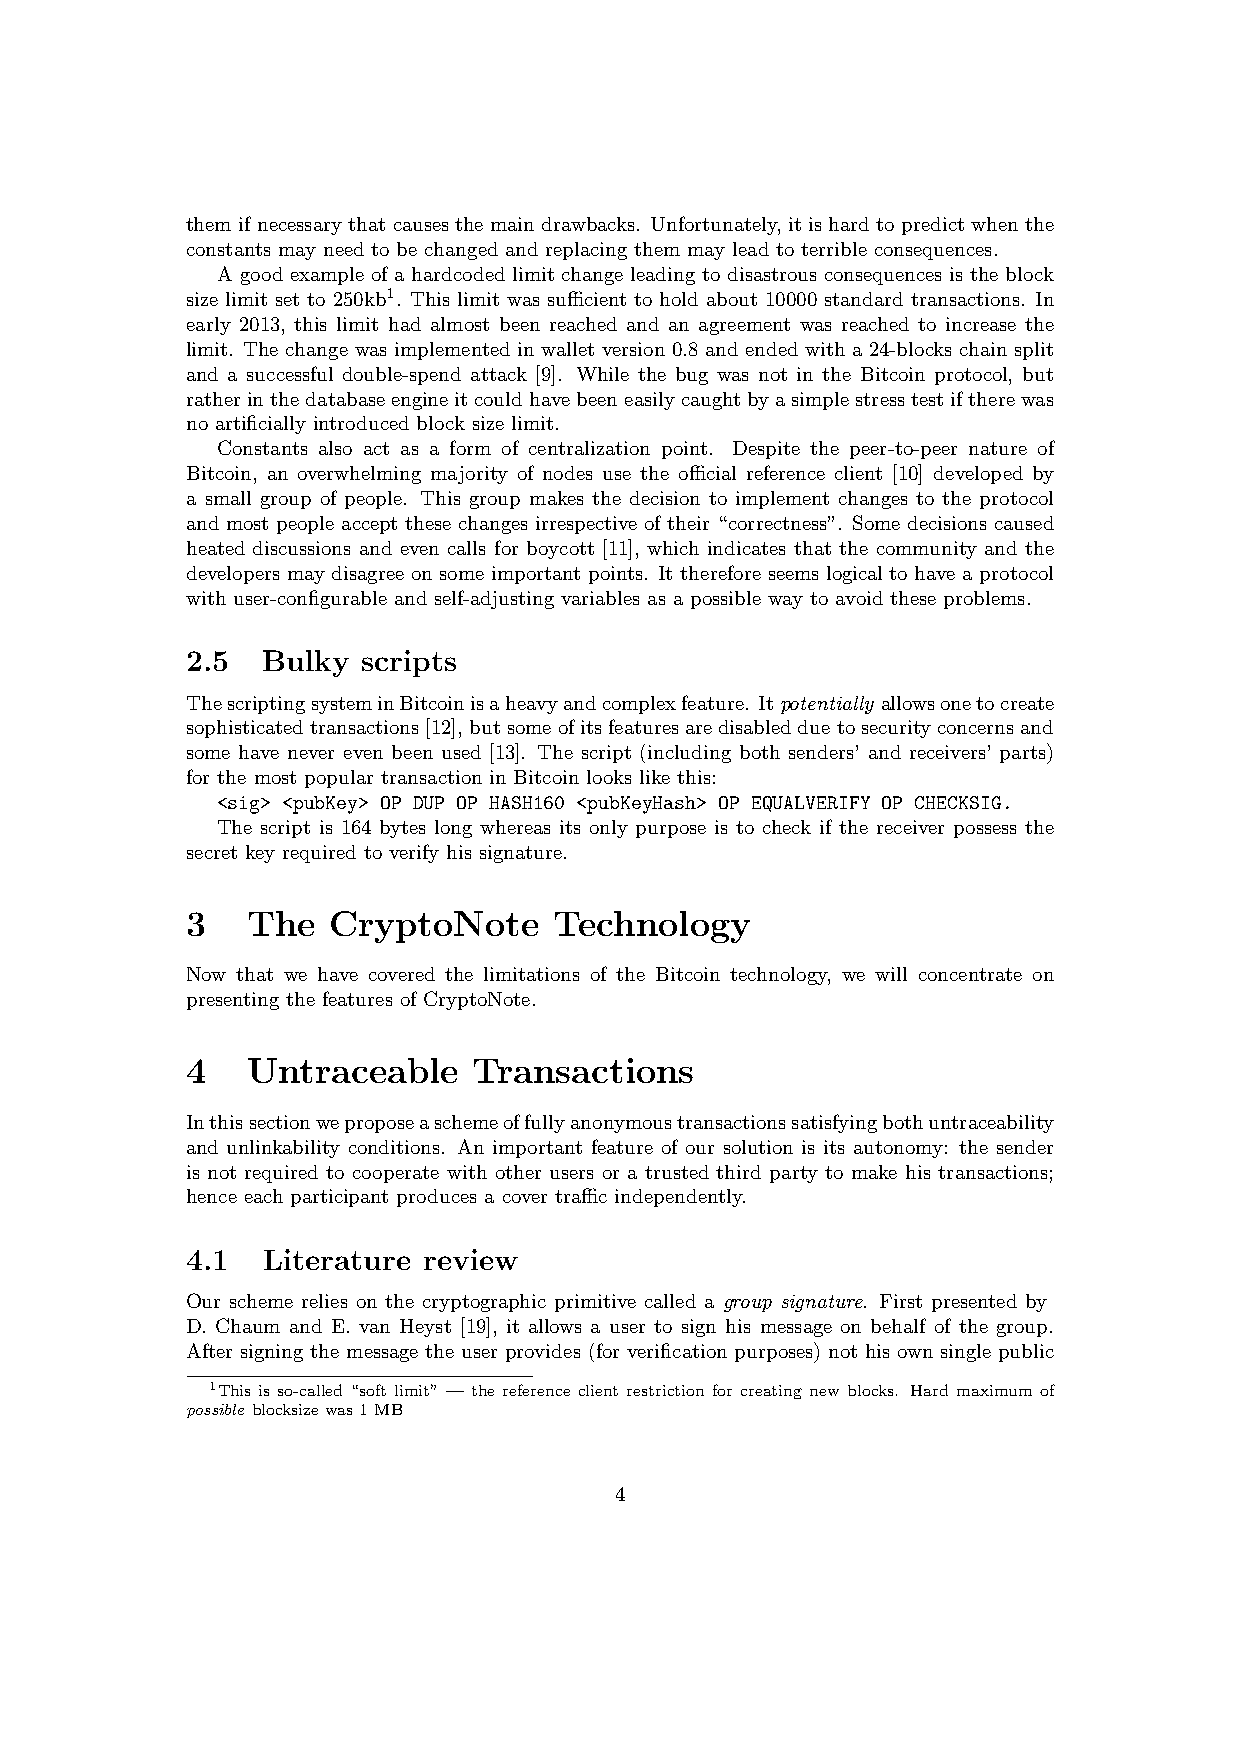
them if necessary that causes the main drawbacks. Unfortunately, it is hard to predict when the
 constants may need to be changed and replacing them may lead to terrible consequences.
 A good example of a hardcoded limit change leading to disastrous consequences is the block
 size limit set to 250kb1. This limit was sufficient to hold about 10000 standard transactions. In
 early 2013, this limit had almost been reached and an agreement was reached to increase the
 limit. The change was implemented in wallet version 0.8 and ended with a 24-blocks chain split
 and a successful double-spend attack [9]. While the bug was not in the Bitcoin protocol, but
 ratherinthedatabaseengineitcouldhavebeeneasilycaughtbyasimplestresstestiftherewas
 no artificially introduced block size limit.
 Constants also act as a form of centralization point. Despite the peer-to-peer nature of
 Bitcoin, an overwhelming majority of nodes use the official reference client [10] developed by
 a small group of people. This group makes the decision to implement changes to the protocol
 and most people accept these changes irrespective of their “correctness”. Some decisions caused
 heated discussions and even calls for boycott [11], which indicates that the community and the
 developers may disagree on some important points. It therefore seems logical to have a protocol
 with user-configurable and self-adjusting variables as a possible way to avoid these problems.
 2.5  Bulky  scripts
 ThescriptingsysteminBitcoinisaheavyandcomplexfeature. Itpotentially allowsonetocreate
 sophisticatedtransactions[12],butsomeofitsfeaturesaredisabledduetosecurityconcernsand
 some have never even been used [13]. The script (including both senders’ and receivers’ parts)
 for the most popular transaction in Bitcoin looks like this:
 <sig> <pubKey> OP DUP OP HASH160 <pubKeyHash> OP EQUALVERIFY OP CHECKSIG.
 The script is 164 bytes long whereas its only purpose is to check if the receiver possess the
 secret key required to verify his signature.
 3   The   CryptoNote     Technology
 Now that we have covered the limitations of the Bitcoin technology, we will concentrate on
 presenting the features of CryptoNote.
 4   Untraceable    Transactions
 Inthissectionweproposeaschemeoffullyanonymoustransactionssatisfyingbothuntraceability
 and unlinkability conditions. An important feature of our solution is its autonomy: the sender
 is not required to cooperate with other users or a trusted third party to make his transactions;
 hence each participant produces a cover traffic independently.
 4.1  Literature review
 Our scheme relies on the cryptographic primitive called a group signature. First presented by
 D. Chaum and E. van Heyst [19], it allows a user to sign his message on behalf of the group.
 After signing the message the user provides (for verification purposes) not his own single public
 1This is so-called “soft limit” — the reference client restriction for creating new blocks. Hard maximum of
 possible blocksizewas1MB
 4